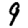
Digit: 9